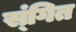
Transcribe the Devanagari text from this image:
स्ंगित